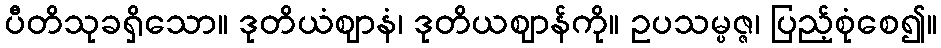
ပီတိသုခရှိသော။ ဒုတိယံဈာနံ၊ ဒုတိယဈာန်ကို။ ဥပသမ္ပဇ္ဇ၊ ပြည့်စုံစေ၍။